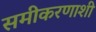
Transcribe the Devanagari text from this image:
समीकरणाशी